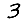
Digit: 3